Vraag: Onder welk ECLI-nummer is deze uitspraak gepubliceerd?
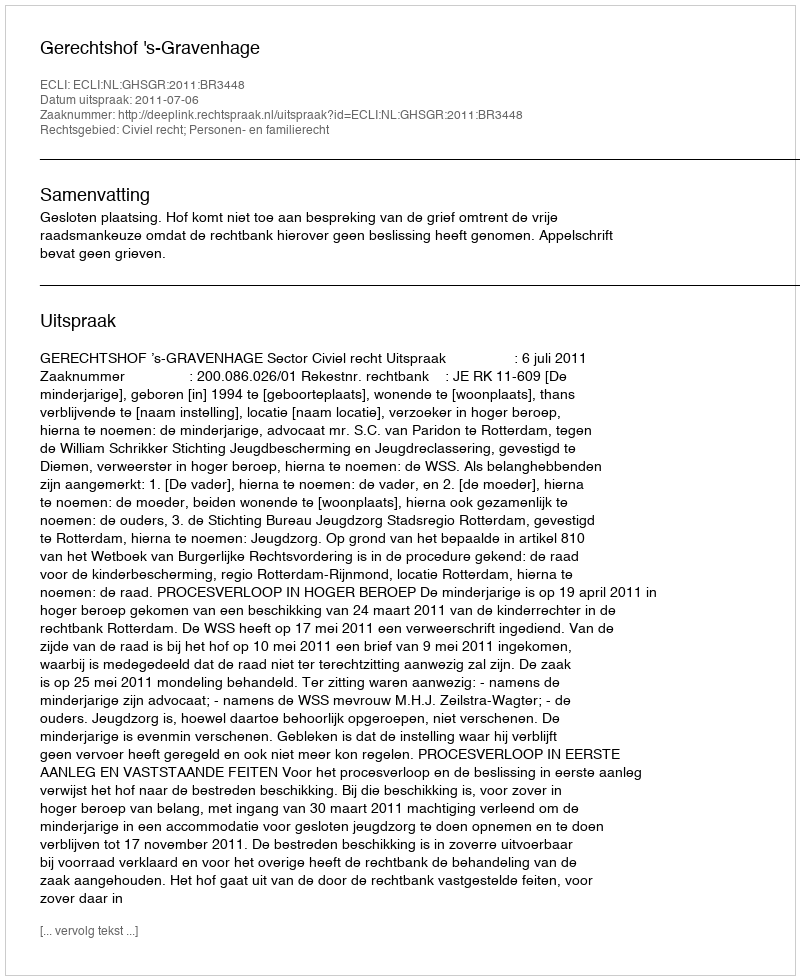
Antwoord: ECLI:NL:GHSGR:2011:BR3448